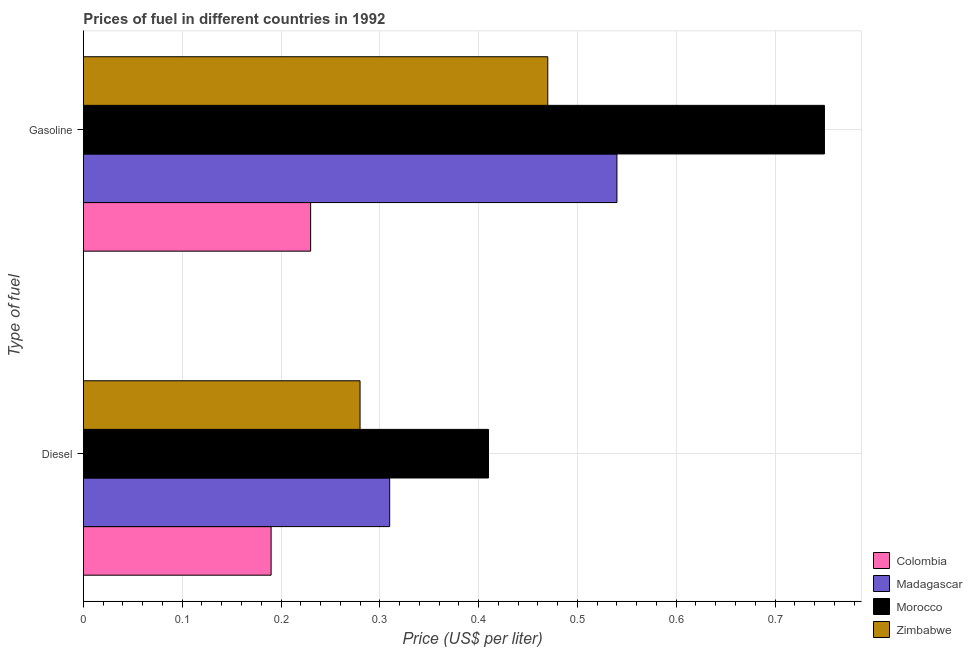
| Type of fuel | Colombia | Madagascar | Morocco | Zimbabwe |
 | --- | --- | --- | --- | --- |
 | Diesel | 0.19 | 0.31 | 0.41 | 0.28 |
 | Gasoline | 0.23 | 0.54 | 0.75 | 0.47 |